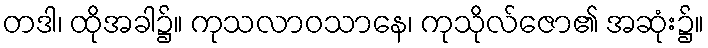
တဒါ၊ ထိုအခါ၌။ ကုသလာဝသာနေ၊ ကုသိုလ်ဇော၏ အဆုံး၌။